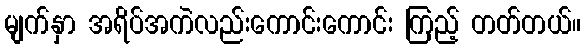
မျက်နှာ အရိပ်အကဲလည်းကောင်းကောင်း ကြည့် တတ်တယ်။